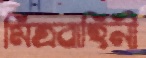
মিত্রবাহিনী